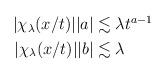
LaTeX: \begin{align*} \begin{aligned}|\chi_\lambda(x/t)||a|&\lesssim \lambda t^{a-1}\\|\chi_\lambda(x/t)||b|&\lesssim \lambda\end{aligned} \end{align*}